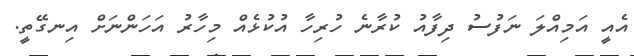
އެއީ އަމިއްލަ ނަފުސު ދިފާއު ކުރާނެ ހުރިހާ އުކުޅެއް މިހާރު އަހަންނަށް އިނގޭތީ.